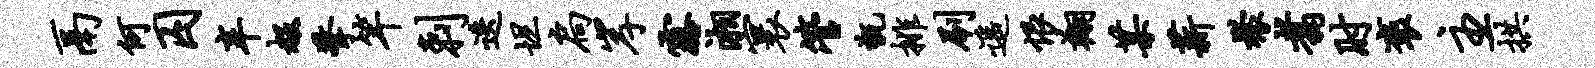
鬲何囚辛赧擎竿剌迭坦扃岸露湘寰管甑排刷遥恨翔某薪檬翥肘褒主拱